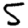
Digit: 5